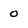
Character: O